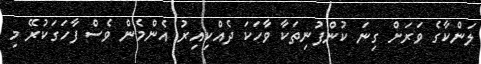
ލަންކާގެ ވަރަށް ގިނަ ކުންފުނިތަކާ ވާހަކަ ދެއްކިއިރު އެންމެން ވެސް ފާހަގަކުރޭ މި